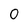
Character: 0